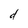
Character: d